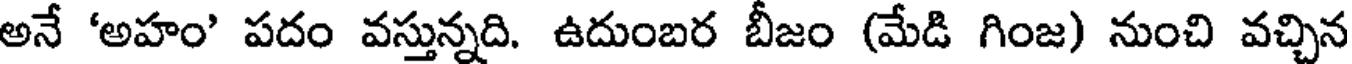
అనే 'అహం' పదం వస్తున్నది. ఉదుంబర బీజం (మేడి గింజ) నుంచి వచ్చిన